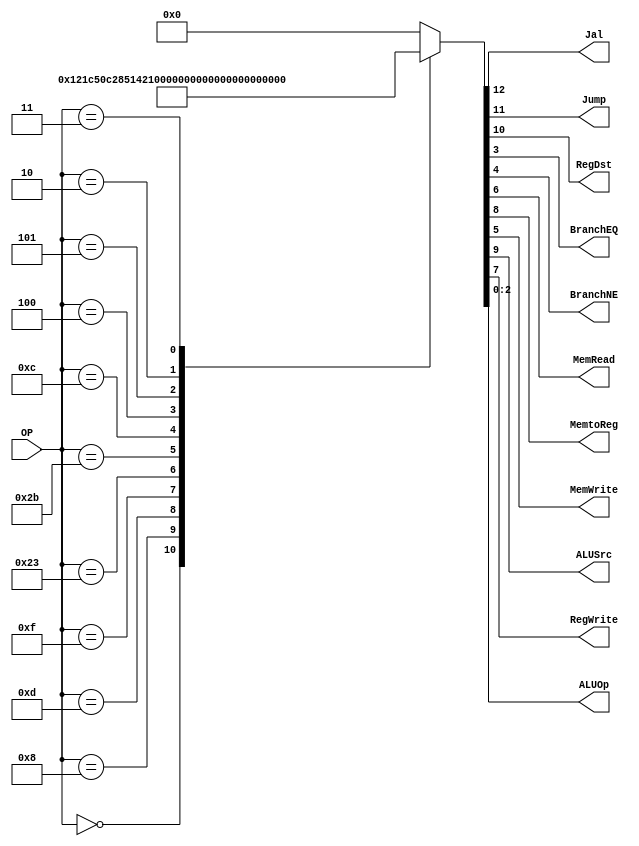
/******************************************************************
* Description
*	This is control unit for the MIPS processor. The control unit is 
*	in charge of generation of the control signals. Its only input 
*	corresponds to opcode from the instruction.
*	1.0
* Author:
*	Dr. Jos Luis Pizano Escalante
* email:
*	luispizano@iteso.mx
* Date:
*	01/03/2014
******************************************************************/
module Control
(


	input [5:0]OP,
	output Jal,
	output Jump, 
	output RegDst,
	output BranchEQ, 
	output BranchNE,
	output MemRead,
	output MemtoReg,
	output MemWrite,
	output ALUSrc,
	output RegWrite,
	output [2:0]ALUOp
);
localparam R_Type = 0;
localparam I_Type_ADDI = 6'h8;
localparam I_Type_ORI = 6'h0d;
localparam I_Type_ANDI = 6'h0c;
localparam I_Type_SW = 6'h2b;
localparam I_Type_LUI = 6'h0f;
localparam I_Type_LW = 6'h23;
localparam I_Type_BNE = 6'h5;
localparam I_Type_BEQ = 6'h4;
localparam J_Type_J = 6'h2;
localparam J_Type_JAL = 6'h3;  


reg [12:0] ControlValues;
reg ControlJump;

always@(OP) begin
	casex(OP)
		R_Type:       ControlValues = 13'b00_1_001_00_00_111;
		I_Type_ADDI:  ControlValues = 13'b00_0_101_00_00_110; 	
		I_Type_ORI:	  ControlValues = 13'b00_0_101_00_00_101;
		I_Type_LUI:   ControlValues = 13'b00_0_101_00_00_100;
		I_Type_LW:    ControlValues = 13'b00_0_111_10_00_011;
		I_Type_SW: 	  ControlValues = 13'b00_0_100_01_00_010;
		I_Type_ANDI:  ControlValues = 13'b00_0_101_00_00_001;
		I_Type_BEQ:	  ControlValues = 13'b00_0_000_00_01_000;
		I_Type_BNE:	  ControlValues = 13'b00_0_000_00_10_000;
		J_Type_J:	  ControlValues = 13'b01_0_000_00_00_000;
		J_Type_JAL:	  ControlValues = 13'b11_0_001_00_00_000;

			
		default:
			ControlValues= 13'b0000000000000;
			
		endcase
end	

assign Jal = ControlValues[12];
assign Jump =	ControlValues[11];
assign RegDst = ControlValues[10];
assign ALUSrc = ControlValues[9];
assign MemtoReg = ControlValues[8];
assign RegWrite = ControlValues[7];
assign MemRead = ControlValues[6];
assign MemWrite = ControlValues[5];
assign BranchNE = ControlValues[4];
assign BranchEQ = ControlValues[3];
assign ALUOp = ControlValues[2:0];


endmodule